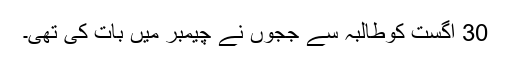
30 اگست کوطالبہ سے ججوں نے چیمبر میں بات کی تھی۔